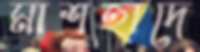
মাশহাদে